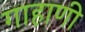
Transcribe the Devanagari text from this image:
गाहाणी